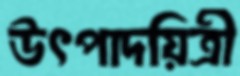
উৎপাদয়িত্রী